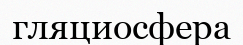
гляциосфера